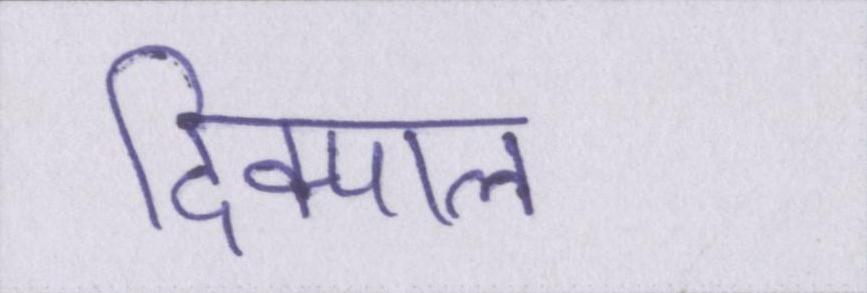
दिक्पाल